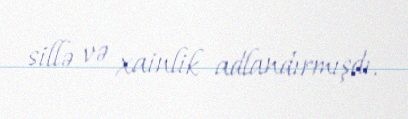
sillə və xainlik adlandırmışdı.